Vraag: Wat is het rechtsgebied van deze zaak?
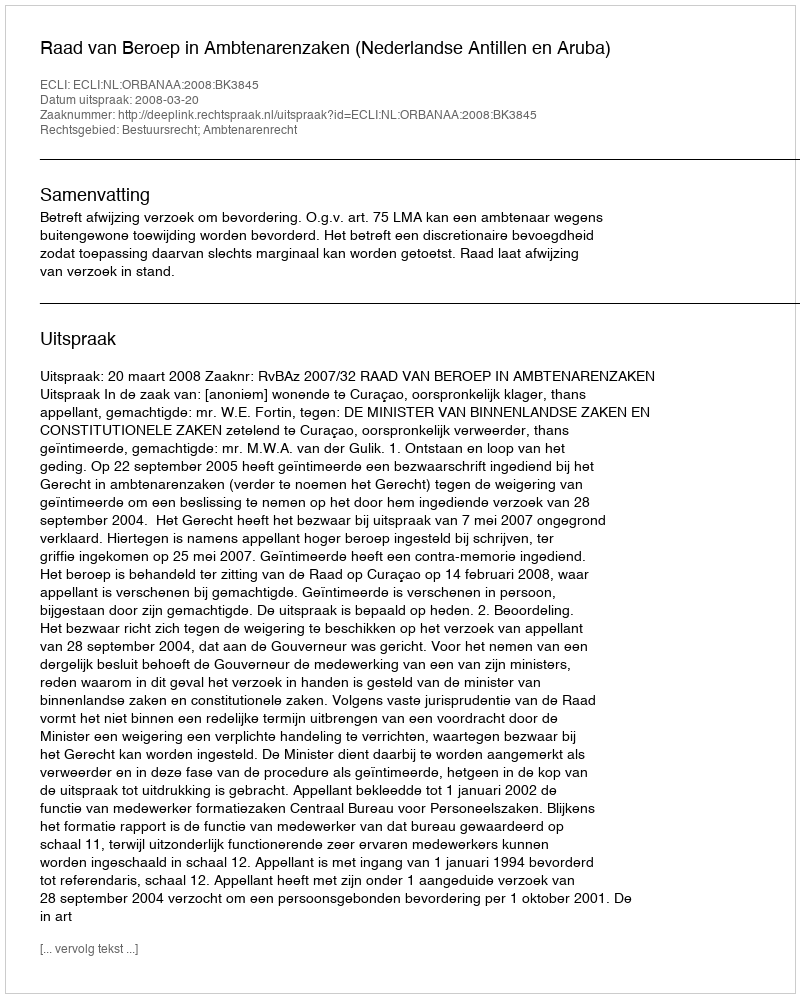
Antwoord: Bestuursrecht; Ambtenarenrecht